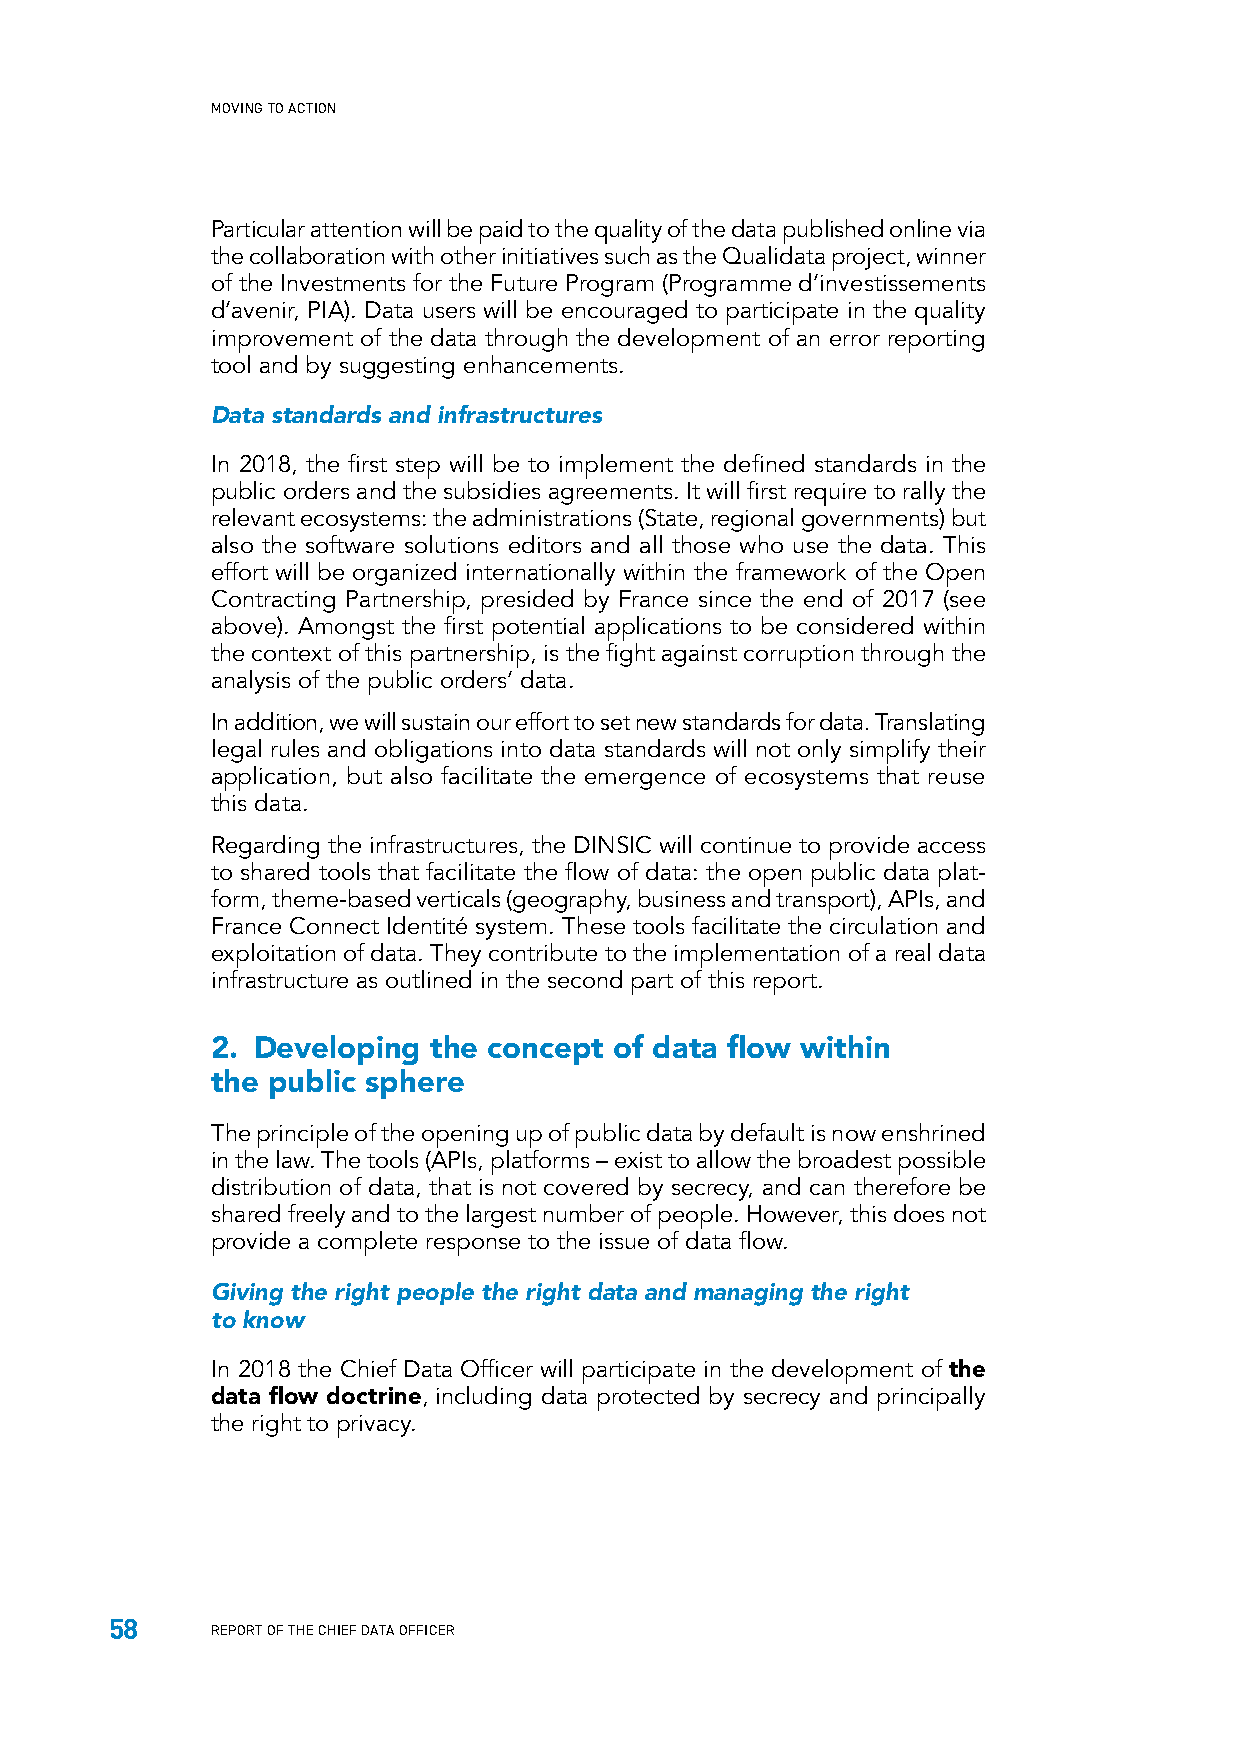
MOVING TO ACTION
 Particular attention will be paid to the quality of the data published online via
 the collaboration with other initiatives such as the Qualidata project, winner
 of the Investments for the Future Program (Programme d’investissements
 d’avenir, PIA). Data users will be encouraged to participate in the quality
 improvement of the data through the development of an error reporting
 tool and by suggesting enhancements.
 Data standards and infrastructures
 In 2018, the first step will be to implement the defined standards in the
 public orders and the subsidies agreements. It will first require to rally the
 relevant ecosystems: the administrations (State, regional governments) but
 also the software solutions editors and all those who use the data. This
 effort will be organized internationally within the framework of the Open
 Contracting Partnership, presided by France since the end of 2017 (see
 above). Amongst the first potential applications to be considered within
 the context of this partnership, is the fight against corruption through the
 analysis of the public orders’ data.
 In addition, we will sustain our effort to set new standards for data. Translating
 legal rules and obligations into data standards will not only simplify their
 application, but also facilitate the emergence of ecosystems that reuse
 this data.
 Regarding the infrastructures, the DINSIC will continue to provide access
 to shared tools that facilitate the flow of data: the open public data plat-
 form, theme-based verticals (geography, business and transport), APIs, and
 France Connect Identité system. These tools facilitate the circulation and
 exploitation of data. They contribute to the implementation of a real data
 infrastructure as outlined in the second part of this report.
 2. Developing  the concept of data flow within
 the public sphere
 The principle of the opening up of public data by default is now enshrined
 in the law. The tools (APIs, platforms – exist to allow the broadest possible
 distribution of data, that is not covered by secrecy, and can therefore be
 shared freely and to the largest number of people. However, this does not
 provide a complete response to the issue of data flow.
 Giving the right people the right data and managing the right
 to know
 In 2018 the Chief Data Officer will participate in the development of the
 data flow doctrine, including data protected by secrecy and principally
 the right to privacy.
 58
 REPORT OF THE CHIEF DATA OFFICER